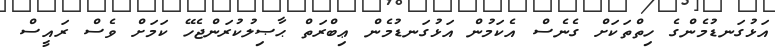
އަޅުގަނޑުމެންގެ ހިތްތަކަށް ގެނެސް އެކަމުން އަޅުގަނޑުމެން ޢިބްރަތް ޙާޞިލުކުރަންޖެހޭ ކަމަށް ވެސް ރައީސް